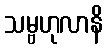
သမ္ဗဟုလာနိ